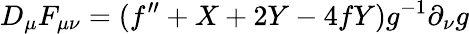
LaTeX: D_{\mu}F_{\mu\nu}=(f^{\prime\prime}+X+2Y-4fY)g^{-1}\partial_{\nu}g